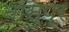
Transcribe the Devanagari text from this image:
नासुप्र